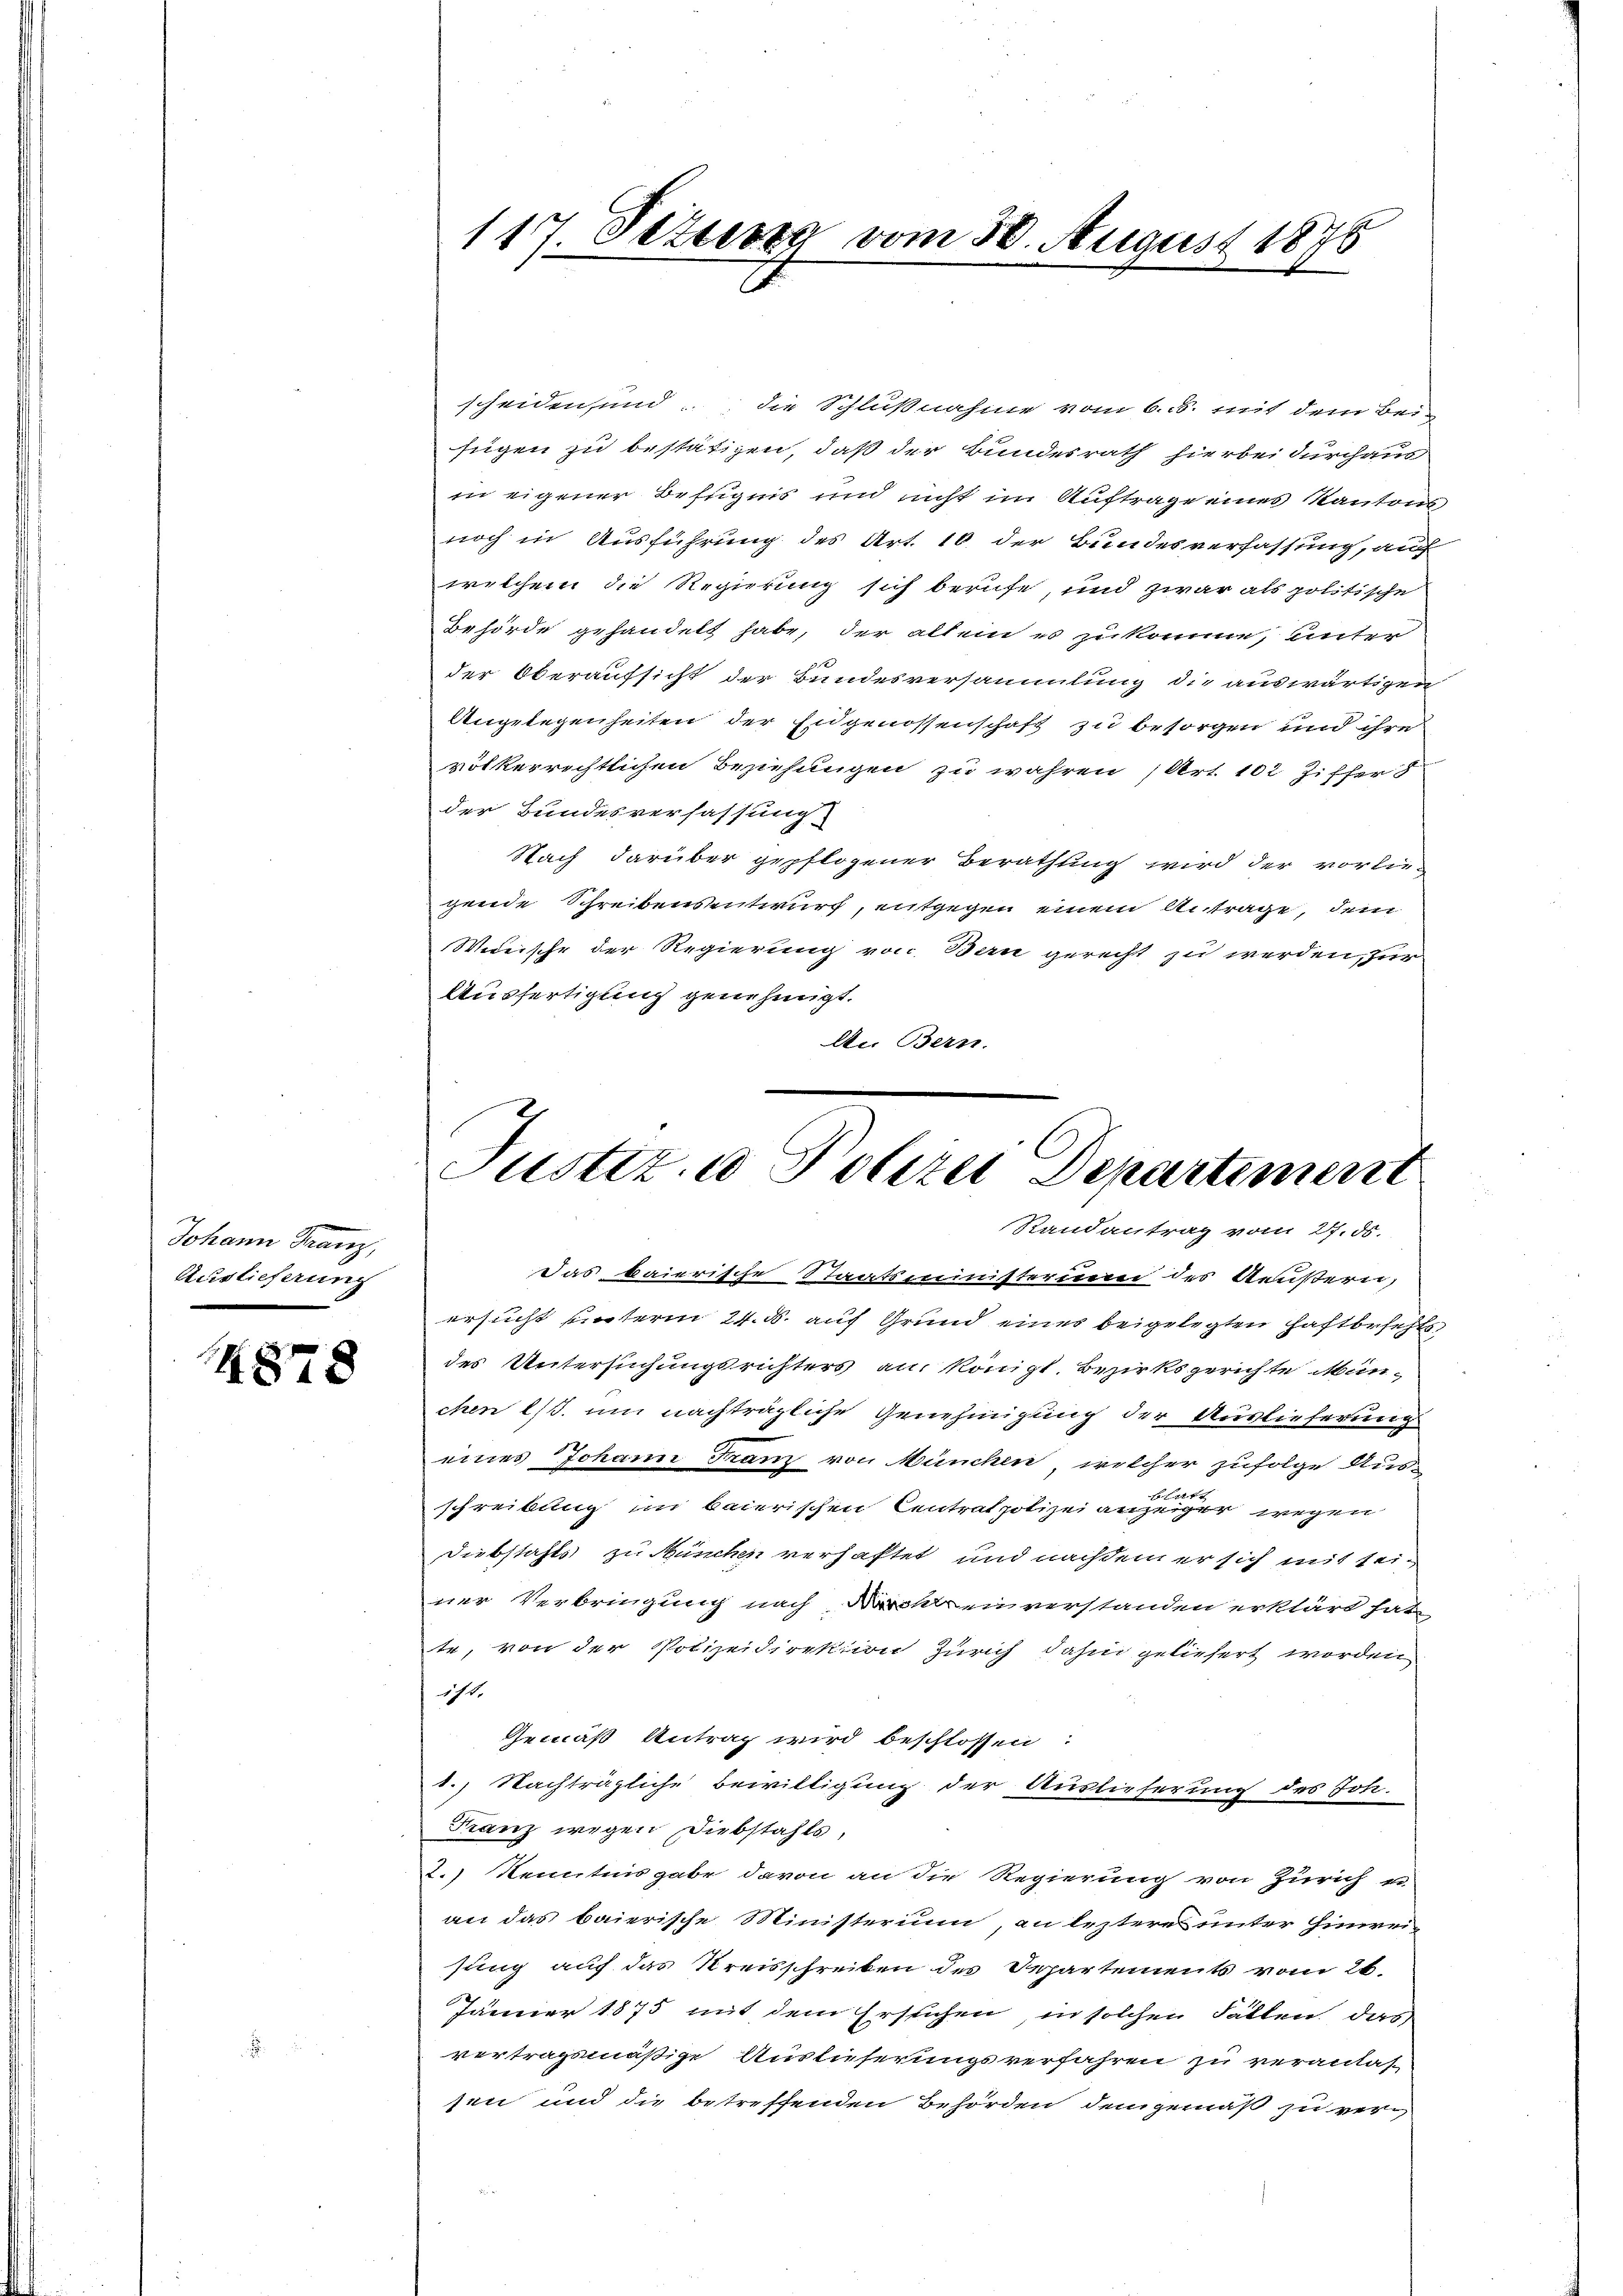
g
Johann Franz,
Auslieferung

1878

117. Setung vom 30. August 1875

scheiden, und die Schlußnahme vom 6. ds. mit dem Bei-
fügen zu bestätigen, daß der Bundesrath hierbei durchaus
in eigener Befugnis und nicht im Auftrage eines Kantons
noch in Ausführung des Art. 16 der Bundesverfassung, auf
welchem die Regierung sich berufe, und zwar als politische
Behörde gehandelt habe, der allein es zukomme, unter
der Oberaufsicht der Bundesversammlung die auswärtigen
Angelegenheiten der Eidgenossenschaft zu besorgen und ihre
völkerrechtlichen Beziehungen zu wahren (Art. 102 Ziffer d
der Bundesverfassung.
Nach darüber gepflogener Berathung wird der vorliegende Schreibensentwurf, entgegen einem Antrage, dem
Weeische der Regierung von Bau gerecht zu werden, zur
Ausfertigung genehmigt.
An Bern.

Justiz- u Polizei Departement
Randantrag vom 27. ds.

das baierische Staatsministerum des Aeußerei,
ersucht unterm 24. d. auf Grund eines beigelegten Haftbefehls
des Untersuchungsrichters an königl. Bezirksgerichte Mün-
chen (s. um nachträgliche Genehmigung der Auslieferung
eines Johann Franz von München, welcher zufolge Aus-
schreibung im baierischen Centrat potizei anzeiger wegen
Diebstahls zu München verhaftet und nachdem er sich mit seiner Verbringung nach Drohren verstanden erklärt hat
te, von der Polizeidirektion Zürich dahin geliefert worden
iht.
Gemäß Antrag wird beschlossen:
1.) Nachträgliche Bewilligung der Auslieferung des Joh.
Franz wegen Diebstahls,
2.) Kenntnisgabe davon an die Regierung von Zürich u
an das baierische Ministerium, an leztere unter hinreisung auf das Kreisschreiben des Departements vom 26.
Jänner 1875 mit dem Erstichen in solchen Fallen das
vertragsmäßige Auslieferungsverfahren zu veranlas-
sen und die betreffenden Behörden demgemäß zu ver¬